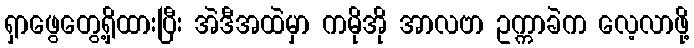
ရှာဖွေတွေ့ရှိထားပြီး အဲဒီအထဲမှာ ကမိုအို အာလဗာ ဥက္ကာခဲက လေ့လာဖို့